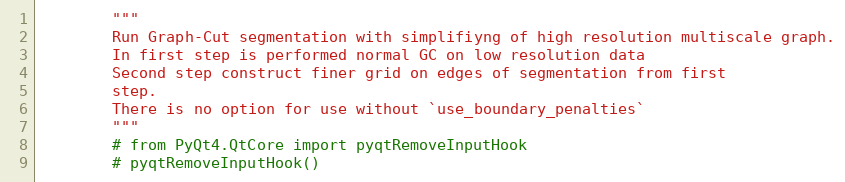
Language: Python
        """
        Run Graph-Cut segmentation with simplifiyng of high resolution multiscale graph.
        In first step is performed normal GC on low resolution data
        Second step construct finer grid on edges of segmentation from first
        step.
        There is no option for use without `use_boundary_penalties`
        """
        # from PyQt4.QtCore import pyqtRemoveInputHook
        # pyqtRemoveInputHook()